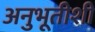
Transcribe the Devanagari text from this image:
अनुभूतीशी